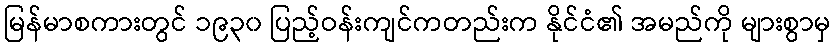
မြန်မာစကားတွင် ၁၉၃၀ ပြည့်ဝန်းကျင်ကတည်းက နိုင်ငံ၏ အမည်ကို များစွာမှ